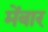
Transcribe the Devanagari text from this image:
मेंबार